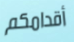
أقدامكم